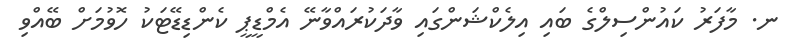
ނ. މާފަރު ކައުންސިލްގެ ބައި އިލެކްޝަންގައި ވާދަކުރައްވާނޭ އެމްޑީޕީ ކެންޑިޑޭޓަކު ހޮވުމަށް ބޭއްވި